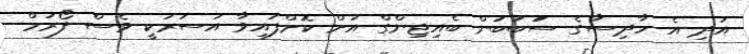
އަދި އެ ހާދިސާގެ ސަަބަބުން ބެއިޖިންގް އަށް ކޮށްފައިވާ އަސަރަކީ ވެސް ފޯރަމް